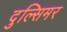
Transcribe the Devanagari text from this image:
दुल्सिमर